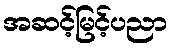
အဆင့်မြင့်ပညာ